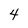
Character: 4